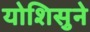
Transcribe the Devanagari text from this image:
योशिसुने